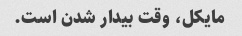
مایکل، وقت بیدار شدن است.